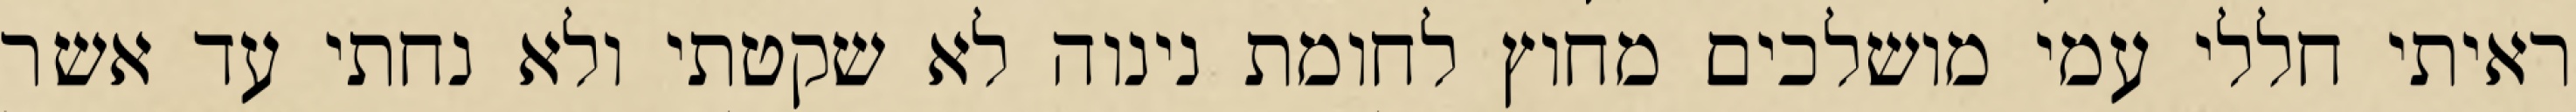
ראיתי חללי עמי מושלכים מחוץ לחומת נינוה לא שקטתי ולא נחתי עד אשר